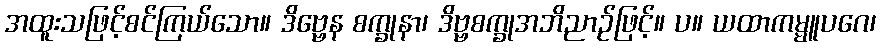
အထူးသဖြင့်စင်ကြယ်သော။ ဒိဗ္ဗေန စက္ခုနာ၊ ဒိဗ္ဗစက္ခုအဘိညာဉ်ဖြင့်။ ပ။ ယထာကမ္မူပဂေ၊